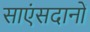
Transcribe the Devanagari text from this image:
साएंसदानों